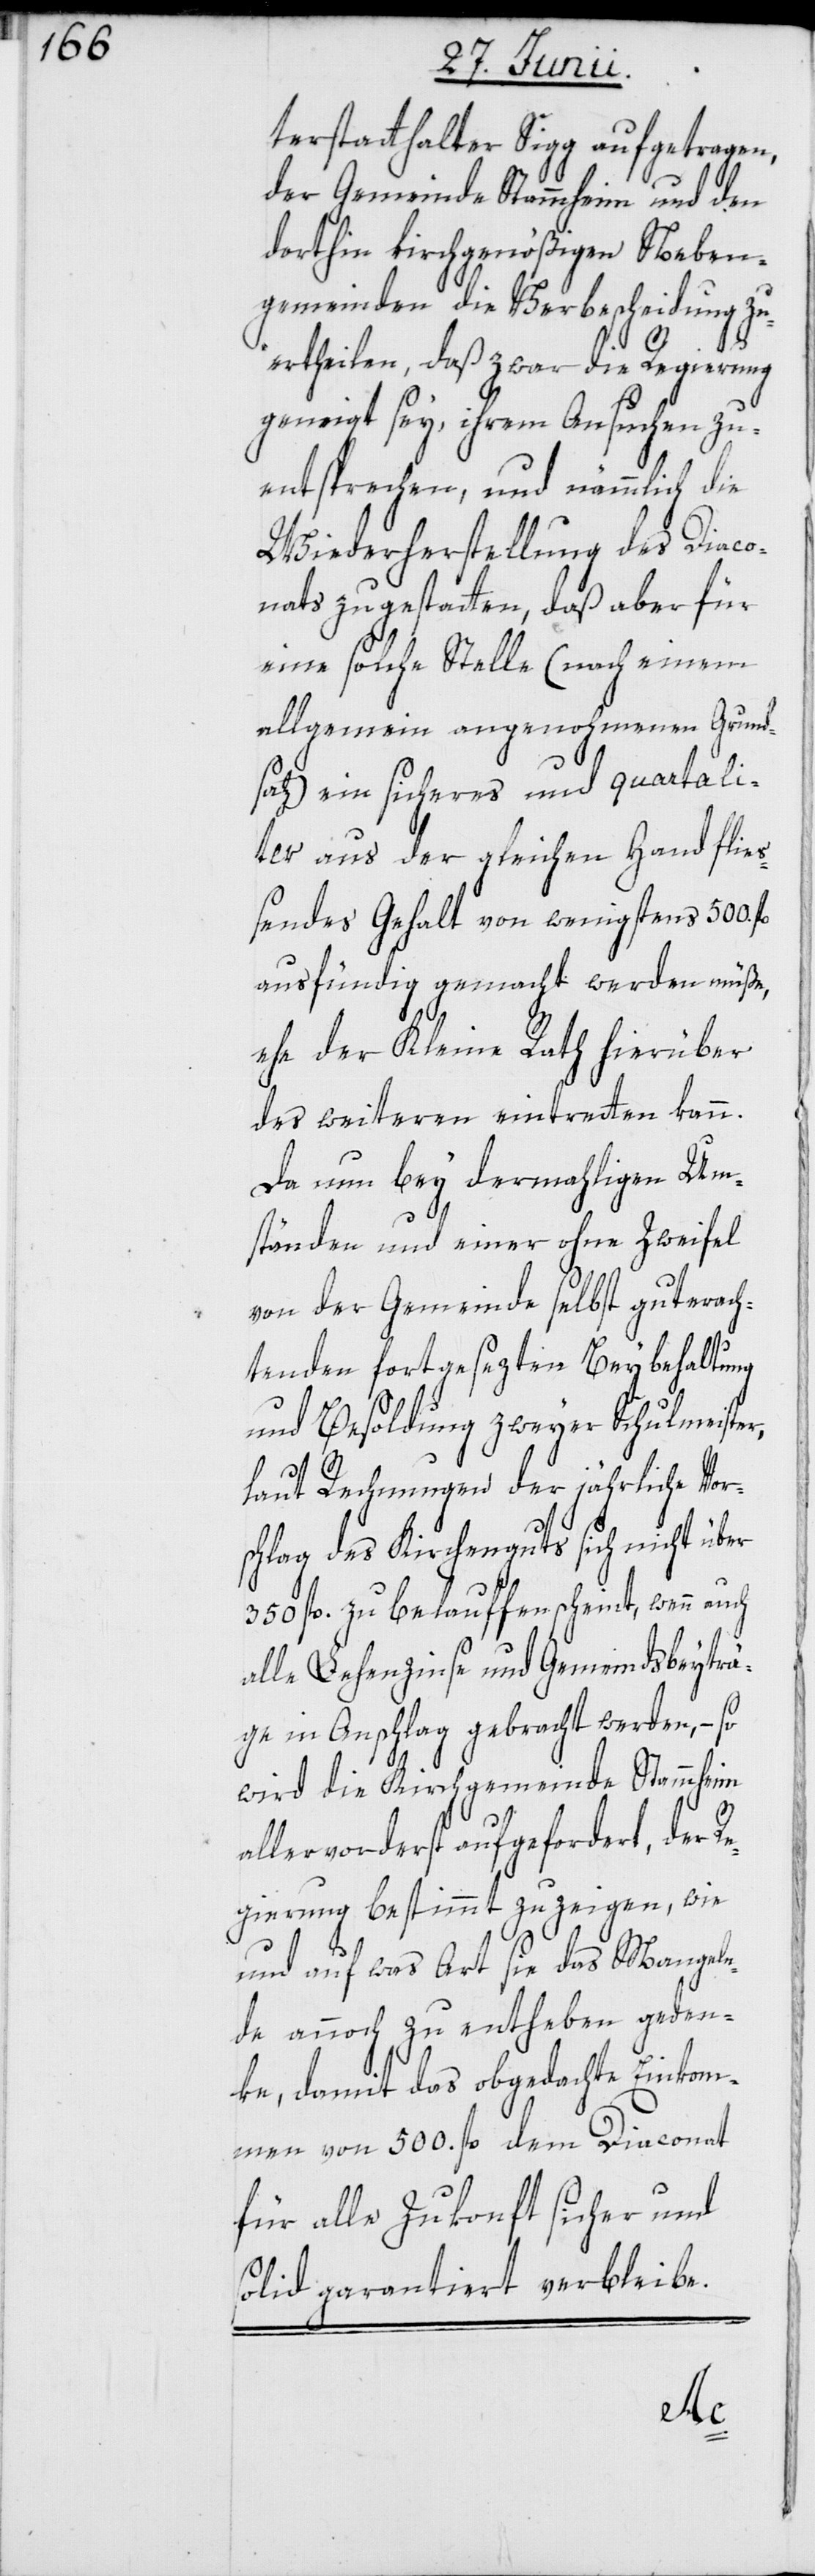
terstatthalter Sigg aufgetragen,
der Gemeinde Stammheim und den
dorthin kirchgenößigen Neben¬
gemeinden die Verbescheidung zu
ertheilen, daß zwar die Regierung
geneigt sey, ihrem Ansuchen zu
entsprechen, und nämmlich die
Wiederherstellung des Diaco¬
nats zu gestatten, daß aber für
eine solche Stelle (nach einem
allgemein angenohmenen Grund¬
satz) ein sicheres und quartali¬
ter aus der gleichen Hand flie¬
ßendes Gehalt von wenigstens 500.
ausfündig gemacht werden müße,
ehe der Kleine Rath hierüber
des weiteren eintretten kann.
Da nun bey dermahligen Um¬
ständen und einer ohne Zweifel
von der Gemeinde selbst guterach¬
tenden fortgesezten Beybehaltung
und Besoldung zweyer Schulmeister,
laut Rechnungen der jährliche Vor¬
schlag des Kirchenguts sich nicht über
350 fl. zu belauffen scheint, wenn
alle Lehenzinse und Gemeindsbeyträ¬
ge in Anschlag gebracht werden, – so
wird die Kirchgemeinde Stammheim
allervorderst aufgefordert, der Re¬
gierung bestimmt zu zeigen, wie
und auf was Art sie das Mangeln¬
de annoch zu entheben geden¬
ke, damit das obgedachte Einkom¬
men von 500. fl. dem Diaconat
für alle Zukonft sicher und
solid garantiert verbleibe.